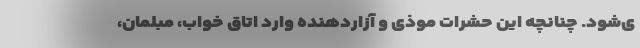
ی‌شود. چنانچه این حشرات موذی و آزاردهنده وارد اتاق خواب، مبلمان،